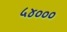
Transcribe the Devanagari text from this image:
५४०००